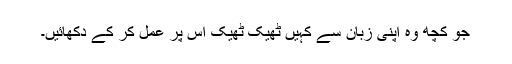
جو کچھ وہ اپنی زبان سے کہیں ٹھیک ٹھیک اس پر عمل کر کے دکھائیں۔